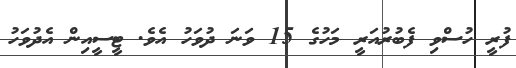
ފުރީ ހުސްވި ފެބުރުއަރީ މަހުގެ 15 ވަނަ ދުވަހު އެވެ. ޓީސީއިން އެދުވަހު